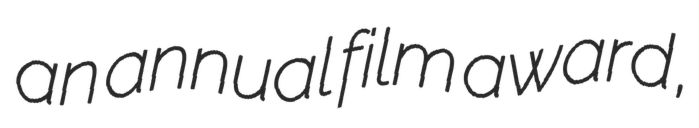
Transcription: an annual film award,